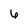
Character: 6